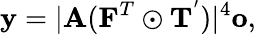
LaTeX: \mathbf{y}=\lvert\mathbf{A}(\mathbf{F}^{T}\odot\mathbf{T}^{'})\rvert^{4}\mathbf{o},